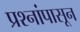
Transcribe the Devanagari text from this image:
प्रश्नांपासून